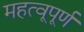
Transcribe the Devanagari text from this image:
महत्वूपूर्ण